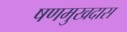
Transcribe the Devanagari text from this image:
षणमुखदास